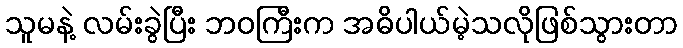
သူမနဲ့ လမ်းခွဲပြီး ဘဝကြီးက အဓိပါယ်မဲ့သလိုဖြစ်သွားတာ